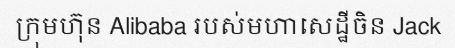
ក្រុមហ៊ុន Alibaba របស់មហាសេដ្ឋីចិន Jack